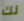
لك